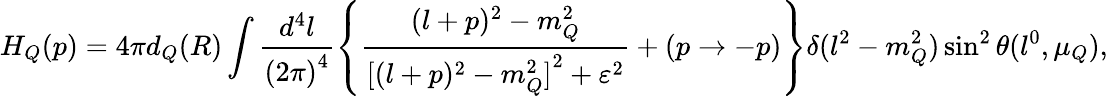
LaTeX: H_{Q}(p)=4\pi d_{Q}(R)\int\frac{d^{4}l}{{(2\pi)}^{4}}\left\{ \frac{(l+p)^{2}-m_{Q}^{2}}{{[(l+p)^{2}-m_{Q}^{2}]}^{2}+\varepsilon^{2}}+(p\to-p)\right\} \delta(l^{2}-m_{Q}^{2})\sin^{2}\theta(l^{0},\mu_{Q}),